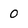
Character: O